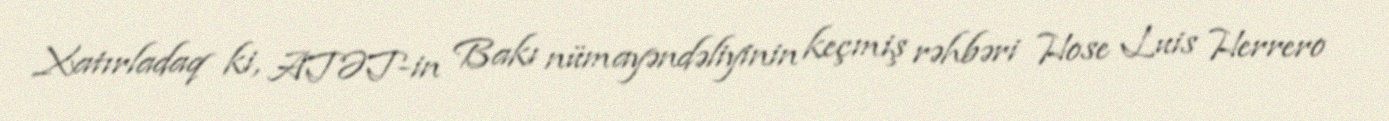
Xatırladaq ki, ATƏT-in Bakı nümayəndəliyinin keçmiş rəhbəri Hose Luis Herrero